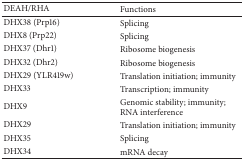
<table><thead><tr><td><b>DEAH/RHA</b></td><td><b>Functions</b></td></tr></thead><tbody><tr><td>DHX38 (Prp16)</td><td>Splicing</td></tr><tr><td>DHX8 (Prp22)</td><td>Splicing</td></tr><tr><td>DHX37 (Dhr1)</td><td>Ribosome biogenesis</td></tr><tr><td>DHX32 (Dhr2)</td><td>Ribosome biogenesis</td></tr><tr><td>DHX29 (YLR419w)</td><td>Translation initiation; immunity</td></tr><tr><td>DHX33</td><td>Transcription; immunity</td></tr><tr><td>DHX9</td><td>Genomic stability; immunity; RNA interference</td></tr><tr><td>DHX29</td><td>Translation initiation; immunity</td></tr><tr><td>DHX35</td><td>Splicing</td></tr><tr><td>DHX34</td><td>mRNA decay </td></tr></tbody></table>